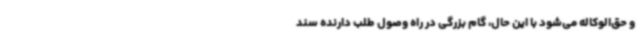
و حق‌الوکاله می‌شود با این حال، گام بزرگی در راه وصول طلب دارنده سند